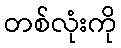
တစ်လုံးကို